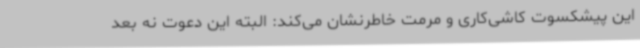
این پیشکسوت کاشی‌کاری و مرمت خاطرنشان می‌کند: البته این دعوت نه بعد